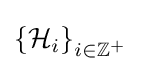
\left\{{\mathcal {H}}_{i}\right\}_{i\in \mathbb {Z} ^{+}}